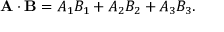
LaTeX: \mathbf { A } \cdot \mathbf { B } = A _ { 1 } B _ { 1 } + A _ { 2 } B _ { 2 } + A _ { 3 } B _ { 3 } .